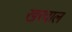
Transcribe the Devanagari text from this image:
खरवाल